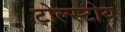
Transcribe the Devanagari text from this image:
टोल्स्टोय